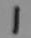
1